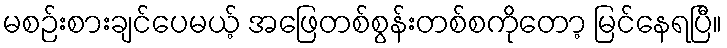
မစဉ်းစားချင်ပေမယ့် အဖြေတစ်စွန်းတစ်စကိုတော့ မြင်နေရပြီ။